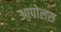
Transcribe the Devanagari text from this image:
आपोलस